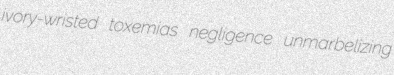
ivory-wristed toxemias negligence unmarbelizing